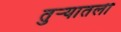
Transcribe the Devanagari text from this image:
तुऱ्यातली